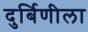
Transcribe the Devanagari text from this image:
दुर्बिणीला